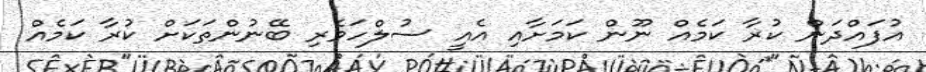
އުފައްދަން ކުރާ ކަމެއް ނޫން ކަމަށާއި އެއީ ސުލްހަވެރި ބޭނުންތަކަށް ކުރާ ކަމެއް